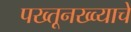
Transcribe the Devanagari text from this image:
पख्तूनख्व्याचे